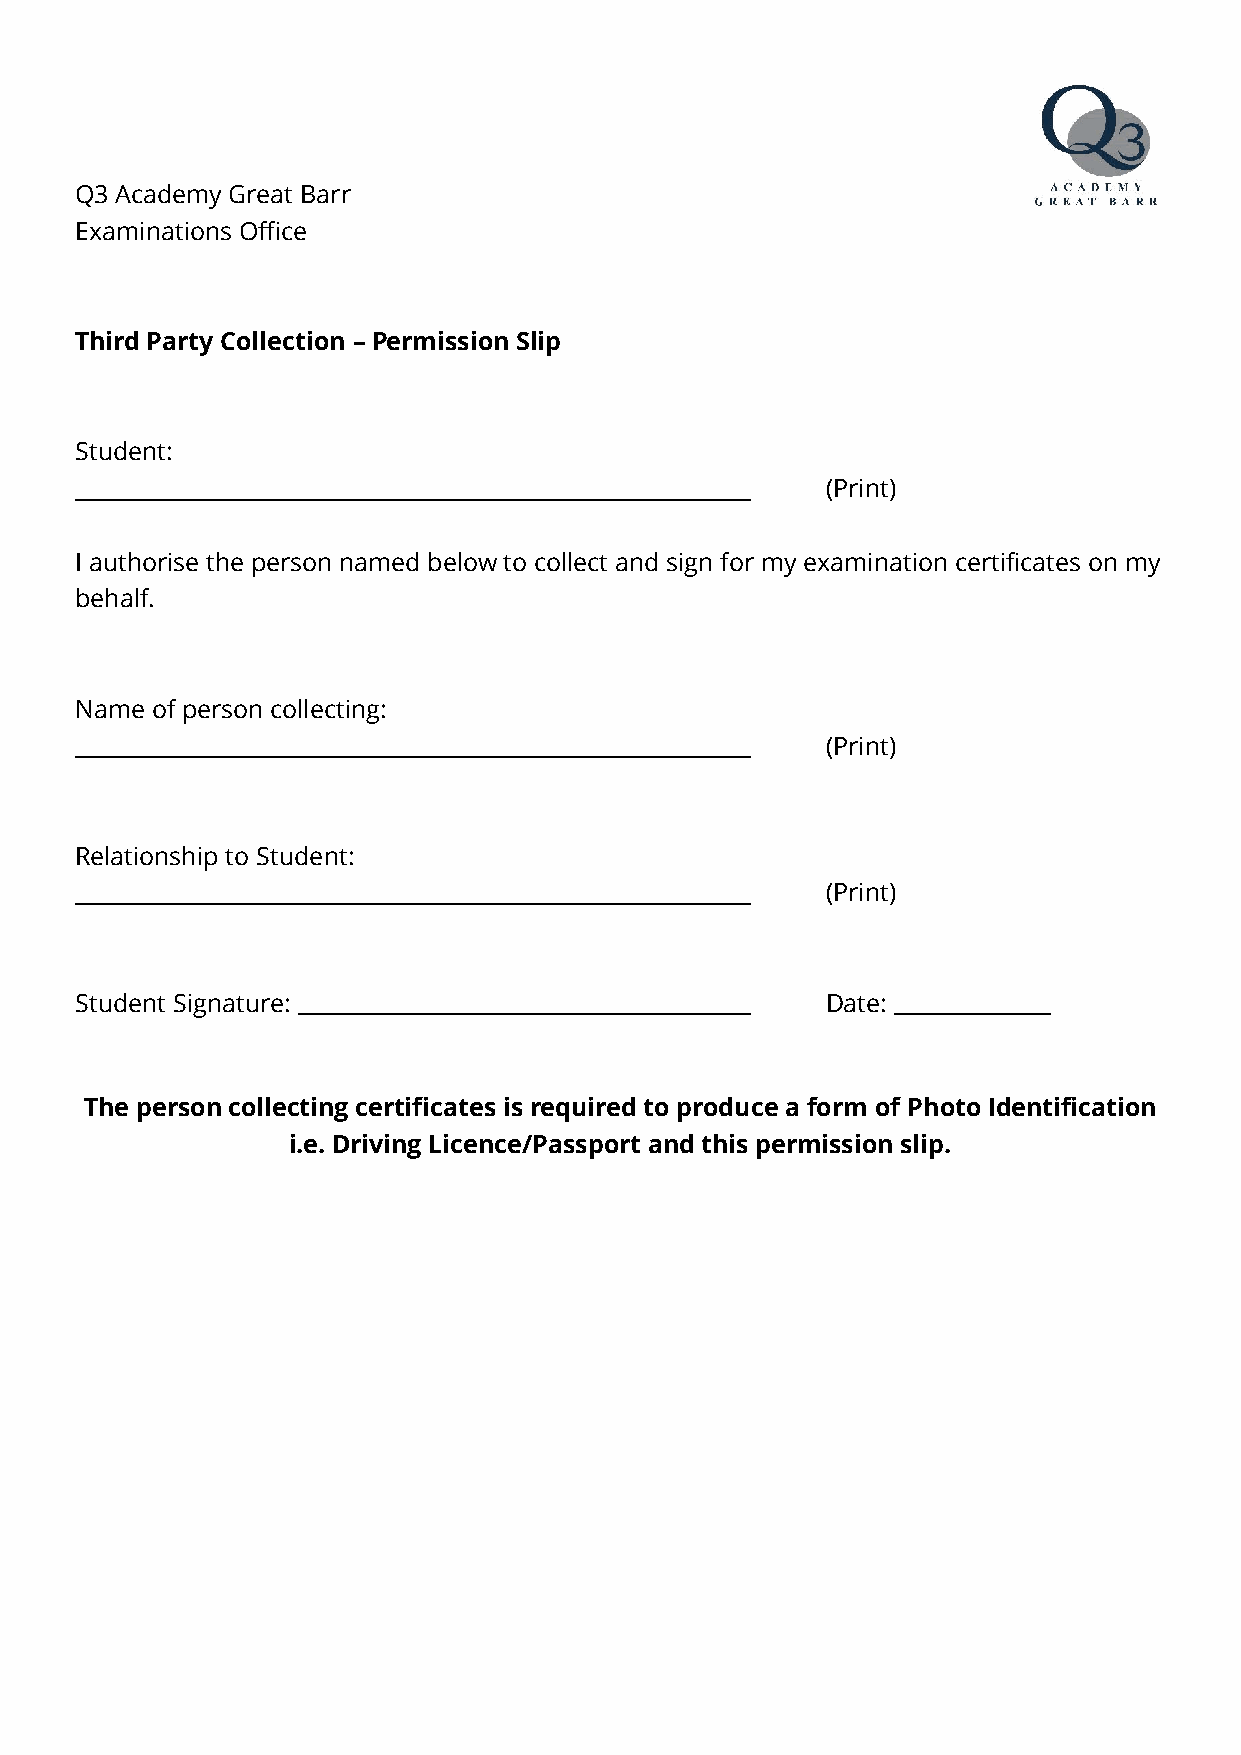
Q3 Academy Great Barr
 Examinations Office
 Third Party Collection – Permission Slip
 Student:
 (Print)
 I authorise the person named below to collect and sign for my examination certificates on my
 behalf.
 Name of person collecting:
 (Print)
 Relationship to Student:
 (Print)
 Student Signature:                                Date:
 The person collecting certificates is required to produce a form of Photo Identification
 i.e. Driving Licence/Passport and this permission slip.